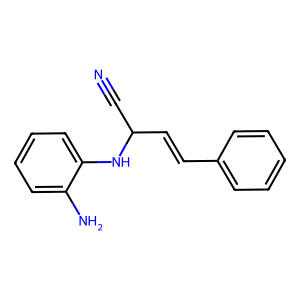
SMILES: N#CC(C=Cc1ccccc1)Nc1ccccc1N
Inhibits HIV replication: No